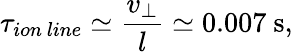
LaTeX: \tau_{ion~line}\simeq\frac{v_{\perp}}{l}\simeq 0.007~\mathrm{s},